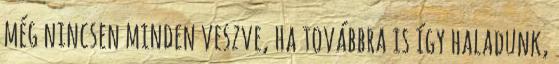
még nincsen minden veszve, ha továbbra is így haladunk,